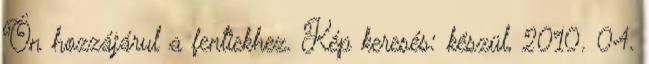
Ön hozzájárul a fentiekhez. Kép keresés: készül, 2010. 04.